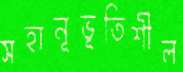
সহানূভূতিশীল